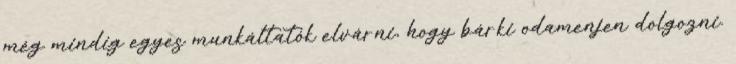
még mindig egyes munkáltatók elvárni, hogy bárki odamenjen dolgozni.